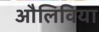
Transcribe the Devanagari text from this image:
औलिविया